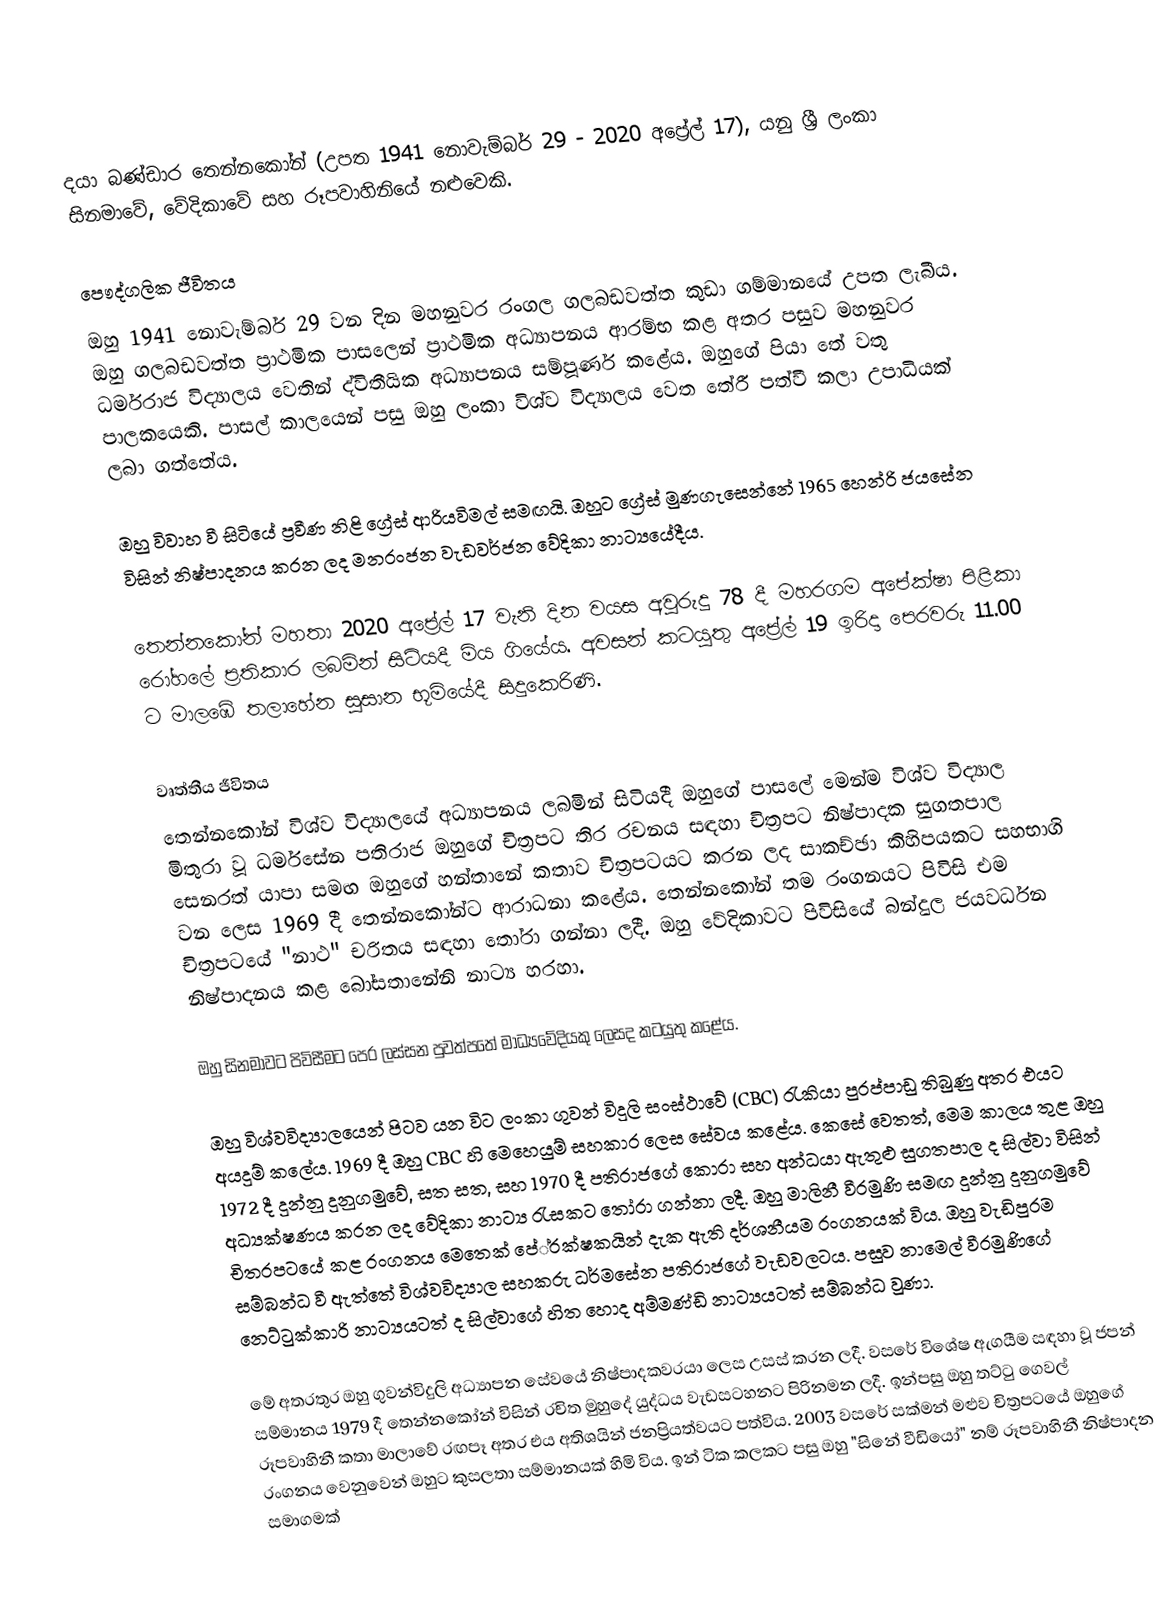
දයා බණ්ඩාර තෙන්නකෝන් (උපත 1941 නොවැම්බර් 29 - 2020 අප්‍රේල් 17), යනු ශ්‍රී ලංකා සිනමාවේ, වේදිකාවේ සහ රූපවාහිනියේ නළුවෙකි.

පෞද්ගලික ජීවිතය
ඔහු 1941 නොවැම්බර් 29 වන දින මහනුවර රංගල ගලබඩවත්ත කුඩා ගම්මානයේ උපත ලැබීය. ඔහු ගලබඩවත්ත ප්‍රාථමික පාසලෙන් ප්‍රාථමික අධ්‍යාපනය ආරම්භ කළ අතර පසුව මහනුවර ධර්මරාජ විද්‍යාලය වෙතින් ද්විතීයික අධ්‍යාපනය සම්පූර්ණ කළේය. ඔහුගේ පියා තේ වතු පාලකයෙකි. පාසල් කාලයෙන් පසු ඔහු ලංකා විශ්ව විද්‍යාලය වෙත තේරී පත්වී කලා උපාධියක් ලබා ගත්තේය.

ඔහු විවාහ වී සිටියේ ප්‍රවීණ නිළි ග්‍රේස් ආරියවිමල් සමඟයි. ඔහුට ග්‍රේස් මුණගැසෙන්නේ 1965 හෙන්රි ජයසේන විසින් නිෂ්පාදනය කරන ලද මනරංජන වැඩවර්ජන වේදිකා නාට්‍යයේදීය.

තෙන්නකෝන් මහතා 2020 අප්‍රේල් 17 වැනි දින වයස අවුරුදු 78 දී මහරගම අපේක්ෂා පිළිකා රෝහලේ ප්‍රතිකාර ලබමින් සිටියදී මිය ගියේය. අවසන් කටයුතු අප්‍රේල් 19 ඉරිදා පෙරවරු 11.00 ට මාලඹේ තලාහේන සුසාන භූමියේදී සිදුකෙරිණි.

වෘත්තීය ජීවිතය
තෙන්නකෝන් විශ්ව විද්‍යාලයේ අධ්‍යාපනය ලබමින් සිටියදී ඔහුගේ පාසලේ මෙන්ම විශ්ව විද්‍යාල මිතුරා වූ ධර්මසේන පතිරාජ ඔහුගේ චිත්‍රපට තිර රචනය සඳහා චිත්‍රපට නිෂ්පාදක සුගතපාල සෙනරත් යාපා සමඟ ඔහුගේ හන්තානේ කතාව චිත්‍රපටයට කරන ලද සාකච්ඡා කිහිපයකට සහභාගි වන ලෙස 1969 දී තෙන්නකෝන්ට ආරාධනා කළේය.  තෙන්නකෝන් තම රංගනයට පිවිසි එම චිත්‍රපටයේ "නාථ" චරිතය සඳහා තෝරා ගන්නා ලදී. ඔහු වේදිකාවට පිවිසියේ බන්දුල ජයවර්ධන නිෂ්පාදනය කළ බෝසතානේනි නාට්‍ය හරහා.

ඔහු සිනමාවට පිවිසීමට පෙර ලස්සන පුවත්පතේ මාධ්‍යවේදියකු ලෙසද කටයුතු කළේය.

ඔහු විශ්වවිද්‍යාලයෙන් පිටව යන විට ලංකා ගුවන් විදුලි සංස්ථාවේ (CBC) රැකියා පුරප්පාඩු තිබුණු අතර එයට අයදුම් කලේය. 1969 දී ඔහු CBC හි මෙහෙයුම් සහකාර ලෙස සේවය කළේය. කෙසේ වෙතත්, මෙම කාලය තුළ ඔහු 1972 දී දුන්නු දුනුගමුවේ, සත සත, සහ 1970 දී පතිරාජගේ කොරා සහ අන්ධයා ඇතුළු සුගතපාල ද සිල්වා විසින් අධ්‍යක්ෂණය කරන ලද වේදිකා නාට්‍ය රැසකට තෝරා ගන්නා ලදී. ඔහු මාලිනී වීරමුණි සමඟ දුන්නු දුනුගමුවේ චිත‍්‍රපටයේ කළ රංගනය මෙතෙක් පේ‍්‍රක්ෂකයින් දැක ඇති දර්ශනීයම රංගනයක් විය. ඔහු වැඩිපුරම සම්බන්ධ වී ඇත්තේ විශ්වවිද්‍යාල සහකරු ධර්මසේන පතිරාජගේ වැඩවලටය. පසුව නාමෙල් වීරමුණිගේ නෙට්ටුක්කාරි නාට්‍යයටත් ද සිල්වාගේ හිත හොද අම්මණ්ඩි නාට්‍යයටත් සම්බන්ධ වුණා.

මේ අතරතුර ඔහු ගුවන්විදුලි අධ්‍යාපන සේවයේ නිෂ්පාදකවරයා ලෙස උසස් කරන ලදී. වසරේ විශේෂ ඇගයීම සඳහා වූ ජපන් සම්මානය 1979 දී තෙන්නකෝන් විසින් රචිත මුහුදේ යුද්ධය වැඩසටහනට පිරිනමන ලදී. ඉන්පසු ඔහු තට්ටු ගෙවල් රූපවාහිනී කතා මාලාවේ රඟපෑ අතර එය අතිශයින් ජනප්‍රියත්වයට පත්විය. 2003 වසරේ සක්මන් මළුව චිත්‍රපටයේ ඔහුගේ රංගනය වෙනුවෙන් ඔහුට කුසලතා සම්මානයක් හිමි විය. ඉන් ටික කලකට පසු ඔහු "සිනේ වීඩියෝ" නම් රූපවාහිනී නිෂ්පාදන සමාගමක්